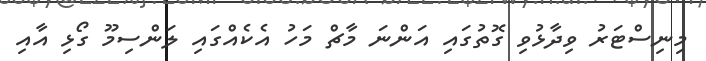
މިނިސްޓަރު ވިދާޅުވި ގޮތުގައި އަންނަ މާޗް މަހު އެކެއްގައި ލަންސިމޫ ގޯޅި އާއި